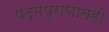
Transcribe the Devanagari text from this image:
पद्मपुराणातही